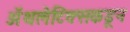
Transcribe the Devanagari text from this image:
ॲथलेटिक्सकडून